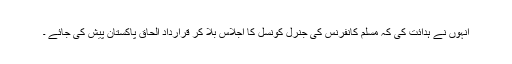
انہوں نے ہدائت کی کہ مسلم کانفرنس کی جنرل کونسل کا اجلاس بلا کر قرارداد الحاق پاکستان پیش کی جائے ۔